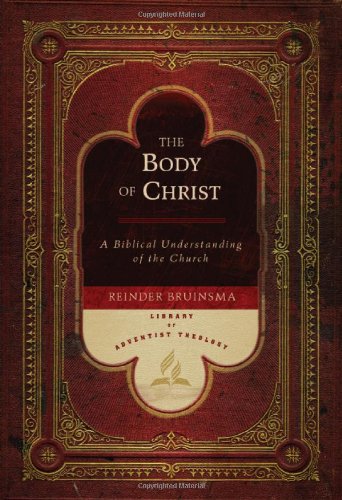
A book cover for The Body of Christ: A Biblical Understanding of the Church (Library of Adventist Theology); Reinder Bruinsma; Christian Books & Bibles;